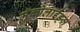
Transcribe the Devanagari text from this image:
मॅक्रोलाईड्ज